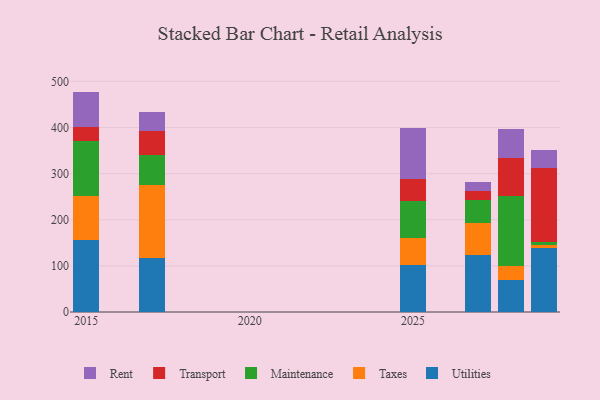
{"axis": {"x": "Year", "y": "Humidity (%)"}, "legend": ["Maintenance", "Rent", "Taxes", "Transport", "Utilities"], "data": [{"x": "2017", "y": 116.9, "type": "Utilities"}, {"x": "2017", "y": 158.8, "type": "Taxes"}, {"x": "2017", "y": 65.5, "type": "Maintenance"}, {"x": "2017", "y": 50.5, "type": "Transport"}, {"x": "2017", "y": 42.5, "type": "Rent"}, {"x": "2015", "y": 155.7, "type": "Utilities"}, {"x": "2015", "y": 95.7, "type": "Taxes"}, {"x": "2015", "y": 119.1, "type": "Maintenance"}, {"x": "2015", "y": 31.4, "type": "Transport"}, {"x": "2015", "y": 75.8, "type": "Rent"}, {"x": "2027", "y": 123.6, "type": "Utilities"}, {"x": "2027", "y": 69.3, "type": "Taxes"}, {"x": "2027", "y": 48.8, "type": "Maintenance"}, {"x": "2027", "y": 21.1, "type": "Transport"}, {"x": "2027", "y": 20.0, "type": "Rent"}, {"x": "2025", "y": 101.7, "type": "Utilities"}, {"x": "2025", "y": 59.5, "type": "Taxes"}, {"x": "2025", "y": 79.2, "type": "Maintenance"}, {"x": "2025", "y": 47.2, "type": "Transport"}, {"x": "2025", "y": 111.3, "type": "Rent"}, {"x": "2029", "y": 138.8, "type": "Utilities"}, {"x": "2029", "y": 7.0, "type": "Taxes"}, {"x": "2029", "y": 7.0, "type": "Maintenance"}, {"x": "2029", "y": 160.0, "type": "Transport"}, {"x": "2029", "y": 38.4, "type": "Rent"}, {"x": "2028", "y": 68.4, "type": "Utilities"}, {"x": "2028", "y": 32.3, "type": "Taxes"}, {"x": "2028", "y": 150.5, "type": "Maintenance"}, {"x": "2028", "y": 81.9, "type": "Transport"}, {"x": "2028", "y": 63.0, "type": "Rent"}]}